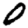
Digit: 0